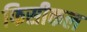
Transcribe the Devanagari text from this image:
फिसीकल